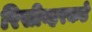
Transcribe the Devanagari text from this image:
रिसीव्हरकडे